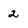
Character: 2